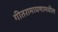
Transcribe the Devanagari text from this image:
गीतरामायणामधील